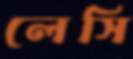
লেসি